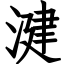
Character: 湕